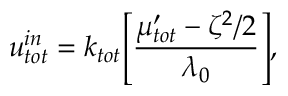
u _ { t o t } ^ { i n } = k _ { t o t } \Bigg [ \frac { \mu _ { t o t } ^ { \prime } - \zeta ^ { 2 } / 2 } { \lambda _ { 0 } } \Bigg ] ,